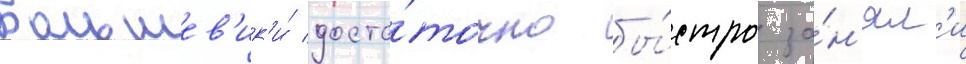
Большев'ик'и́ доста́точно бы́стро за́н'ял'и